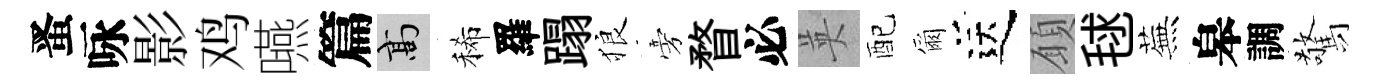
󱉠咏影鸡嚥篇高稀羅蹋狼旁瞀必英配爾送願毬蕪皋調驚